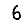
Digit: 6